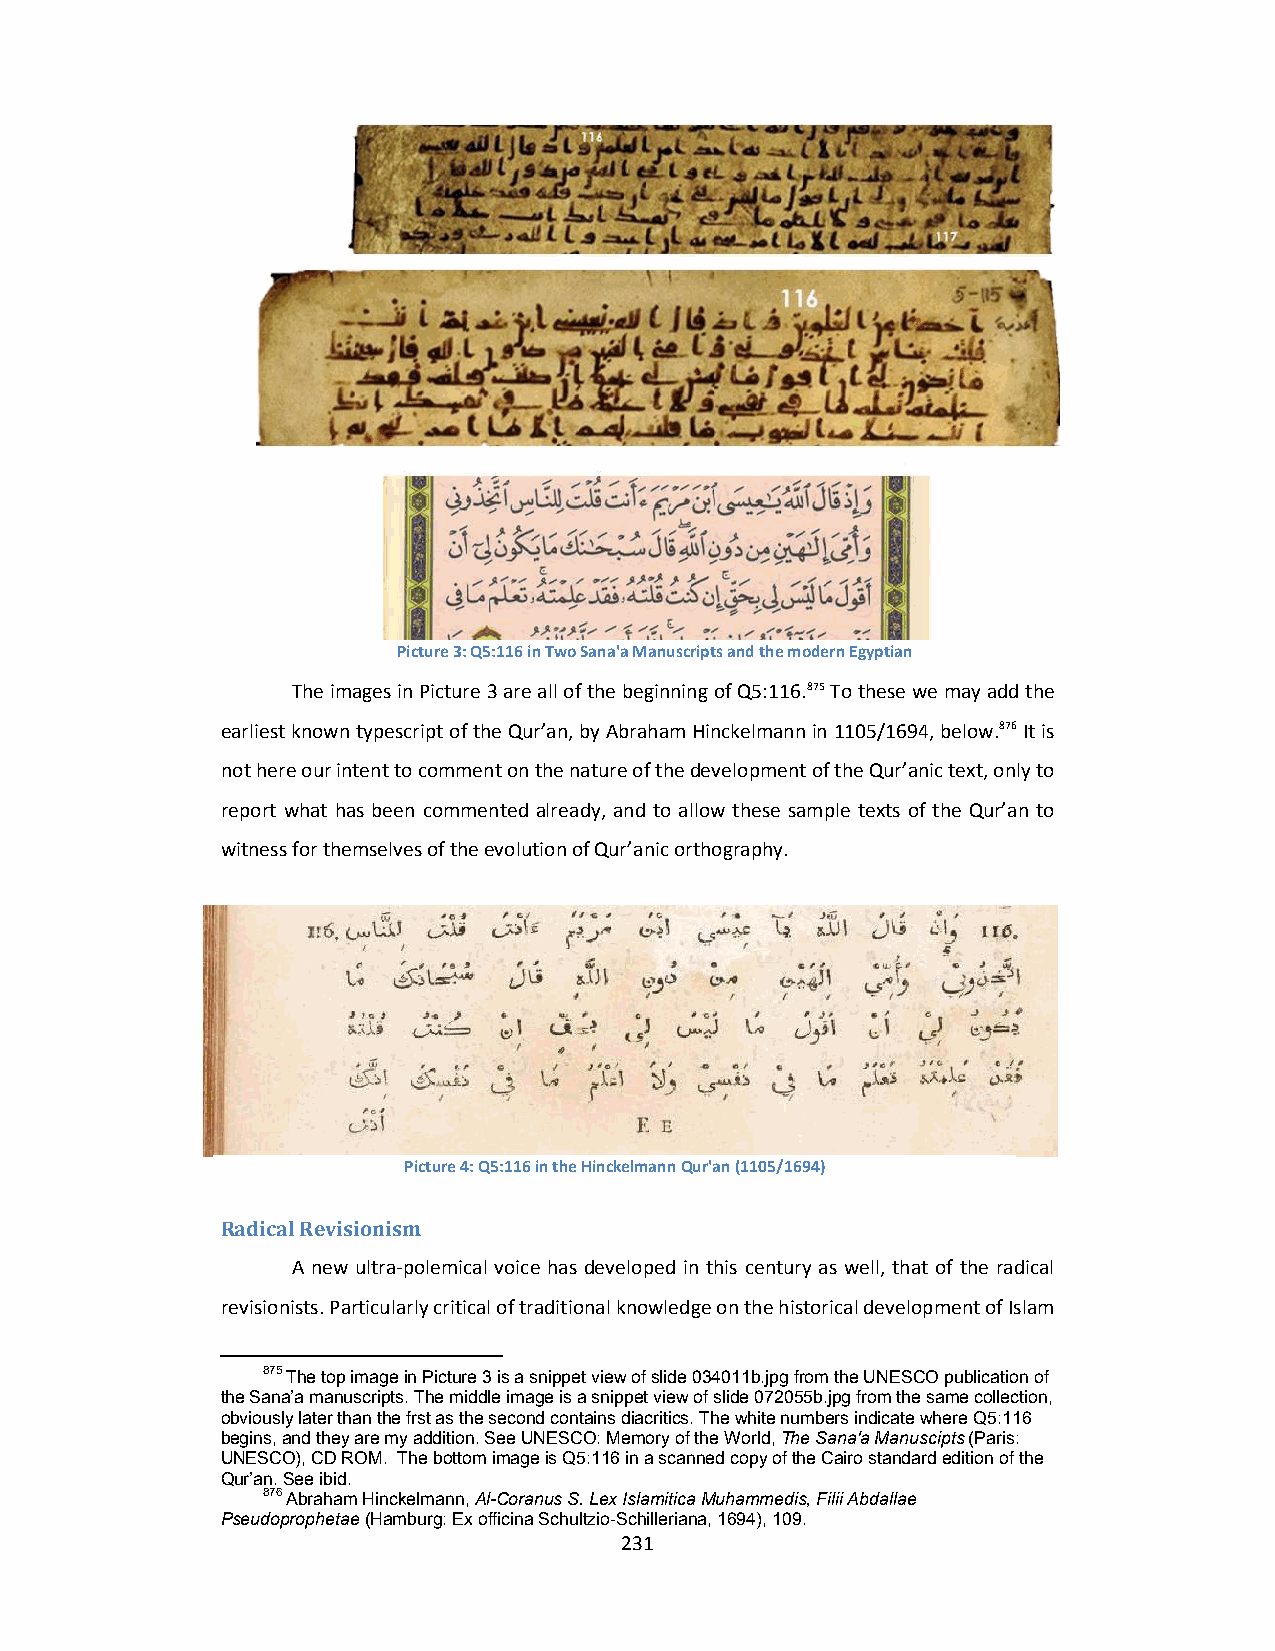
Picture 3: Q5:116 in Two Sana'a Manuscripts and the modern Egyptian
 The images in Picture 3 are all of the beginning of Q5:116.875 To these we may add the
 earliest known typescript of the Qur’an, by Abraham Hinckelmann in 1105/1694, below.876 It is
 not here our intent to comment on the nature of the development of the Qur’anic text, only to
 report what has been commented already, and to allow these sample texts of the Qur’an to
 witness for themselves of the evolution of Qur’anic orthography.
 Picture 4: Q5:116 in the Hinckelmann Qur'an (1105/1694)
 Radical Revisionism
 A new ultra‐polemical voice has developed in this century as well, that of the radical
 revisionists. Particularly critical of traditional knowledge on the historical development of Islam
 875 The top image in Picture 3 is a snippet view of slide 034011b.jpg from the UNESCO publication of
 the Sana’a manuscripts. The middle image is a snippet view of slide 072055b.jpg from the same collection,
 obviously later than the frst as the second contains diacritics. The white numbers indicate where Q5:116
 begins, and they are my addition. See UNESCO: Memory of the World, The Sana'a Manuscipts (Paris:
 UNESCO), CD ROM. The bottom image is Q5:116 in a scanned copy of the Cairo standard edition of the
 Qur’an. See ibid.
 876 Abraham Hinckelmann, Al-Coranus S. Lex Islamitica Muhammedis, Filii Abdallae
 Pseudoprophetae (Hamburg: Ex officina Schultzio-Schilleriana, 1694), 109.
 231